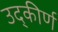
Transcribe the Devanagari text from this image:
उद्‌कीर्ण